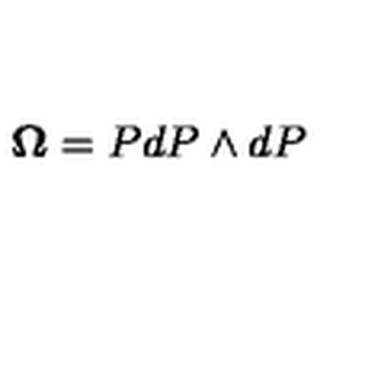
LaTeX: { \bf \Omega } = P d P \wedge d P